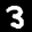
Label: 3